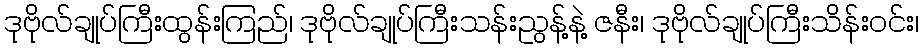
ဒုဗိုလ်ချုပ်ကြီးထွန်းကြည်၊ ဒုဗိုလ်ချုပ်ကြီးသန်းညွန့်နဲ့ ဇနီး၊ ဒုဗိုလ်ချုပ်ကြီးသိန်းဝင်း၊